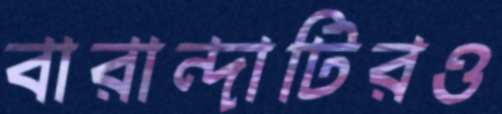
বারান্দাটিরও